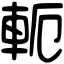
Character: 軛